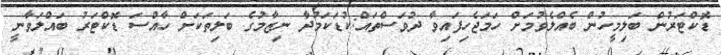
ޑޮކްޓަރުން ބަލިމީހުން ބެއްލެވުމަށް ހަމަޖެހިފައިވާ ދުވަސްތައް:ކުޑަކަމުދާ ނިޒާމުގެ ބަލިތަކަށް ހާއްސަ ޑޮކްޓަރު ބައްލަވާނީ